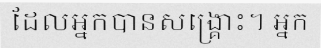
ដែលអ្នកបានសង្គ្រោះ។ អ្នក